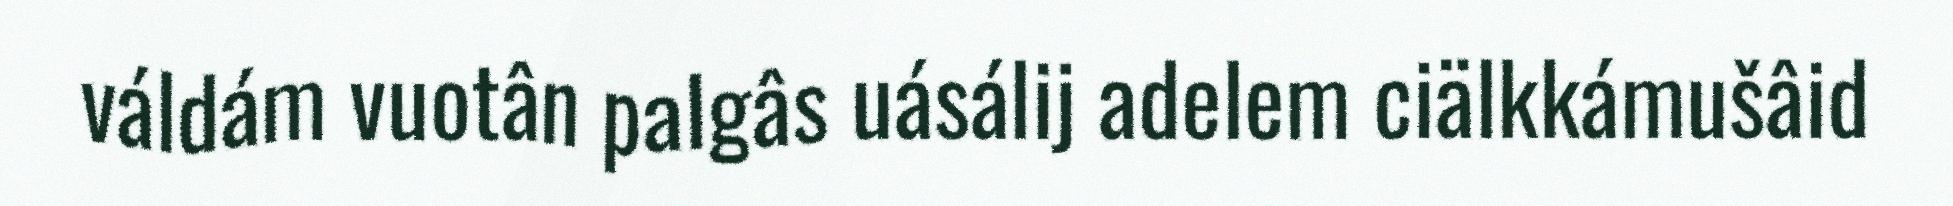
váldám vuotân palgâs uásálij adelem ciälkkámušâid